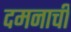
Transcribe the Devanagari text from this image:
दमनाची